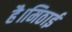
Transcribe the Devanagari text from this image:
है।मिठाई